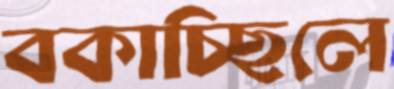
বকাচ্ছিলে